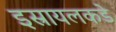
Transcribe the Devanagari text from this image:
इस्रायलकडे